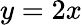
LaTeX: y=2x